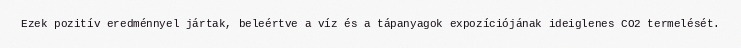
Ezek pozitív eredménnyel jártak, beleértve a víz és a tápanyagok expozíciójának ideiglenes CO2 termelését.